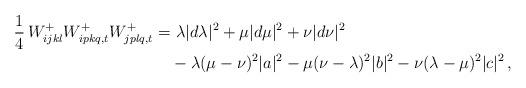
LaTeX: \begin{align*} \frac{1}{4}\,W^{+}_{ijkl}W^{+}_{ipkq,t}W^{+}_{jplq,t}=& \,\, \lambda |d\lambda|^{2}+\mu|d\mu|^{2}+\nu|d\nu|^{2}\\&-\lambda(\mu-\nu)^{2}|a|^{2}-\mu(\nu-\lambda)^{2}|b|^{2}-\nu(\lambda-\mu)^{2}|c|^{2}\,,\end{align*}